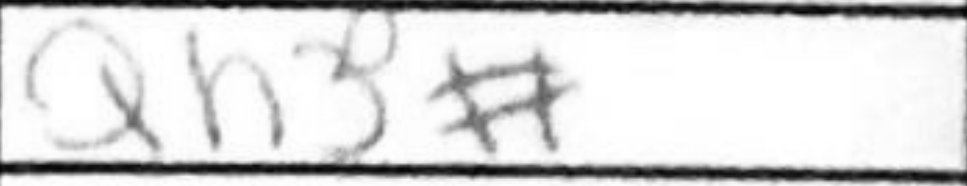
Transcription: Qxh3#